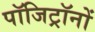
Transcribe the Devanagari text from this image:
पॉजिट्रॉनों